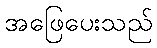
အဖြေပေးသည်